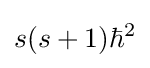
s(s+1){{\hbar }^{2}}